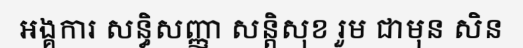
អង្គការ សន្ធិសញ្ញា សន្តិសុខ រួម ជាមុន សិន